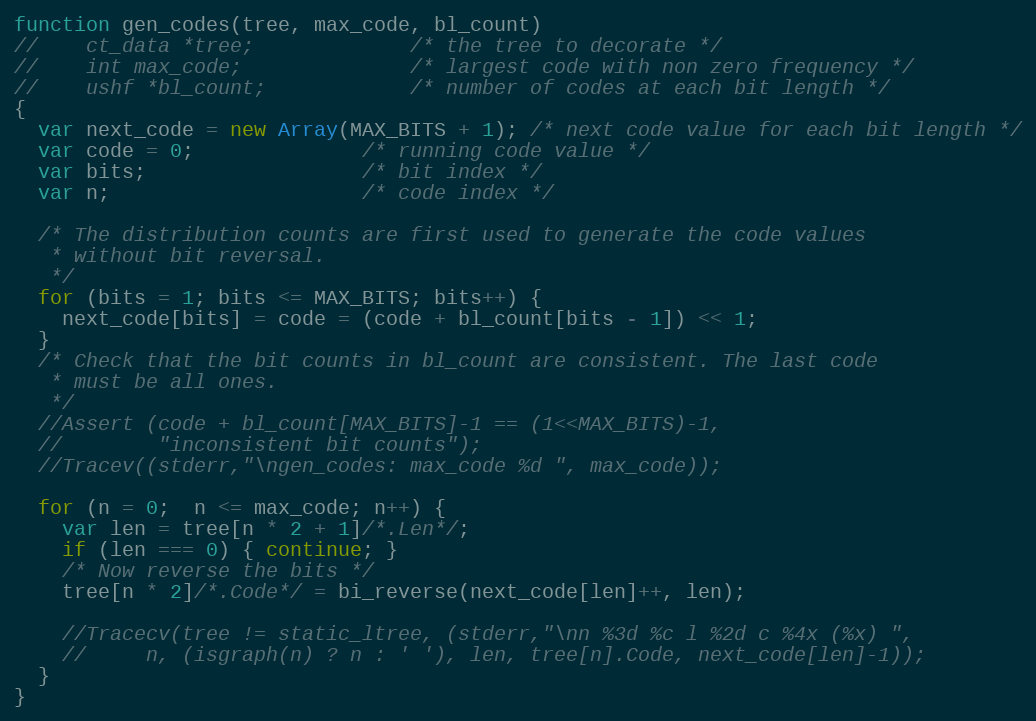
Language: JavaScript
function gen_codes(tree, max_code, bl_count)
//    ct_data *tree;             /* the tree to decorate */
//    int max_code;              /* largest code with non zero frequency */
//    ushf *bl_count;            /* number of codes at each bit length */
{
  var next_code = new Array(MAX_BITS + 1); /* next code value for each bit length */
  var code = 0;              /* running code value */
  var bits;                  /* bit index */
  var n;                     /* code index */

  /* The distribution counts are first used to generate the code values
   * without bit reversal.
   */
  for (bits = 1; bits <= MAX_BITS; bits++) {
    next_code[bits] = code = (code + bl_count[bits - 1]) << 1;
  }
  /* Check that the bit counts in bl_count are consistent. The last code
   * must be all ones.
   */
  //Assert (code + bl_count[MAX_BITS]-1 == (1<<MAX_BITS)-1,
  //        "inconsistent bit counts");
  //Tracev((stderr,"\ngen_codes: max_code %d ", max_code));

  for (n = 0;  n <= max_code; n++) {
    var len = tree[n * 2 + 1]/*.Len*/;
    if (len === 0) { continue; }
    /* Now reverse the bits */
    tree[n * 2]/*.Code*/ = bi_reverse(next_code[len]++, len);

    //Tracecv(tree != static_ltree, (stderr,"\nn %3d %c l %2d c %4x (%x) ",
    //     n, (isgraph(n) ? n : ' '), len, tree[n].Code, next_code[len]-1));
  }
}